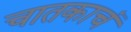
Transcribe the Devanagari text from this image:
चातकाचं